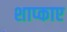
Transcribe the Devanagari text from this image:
शाप्काए